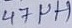
Text: 47µH